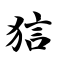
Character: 狺